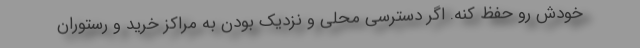
خودش رو حفظ کنه. اگر دسترسی محلی و نزدیک بودن به مراکز خرید و رستوران